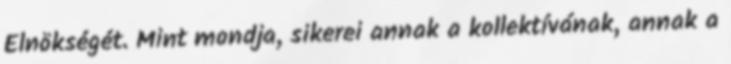
Elnökségét. Mint mondja, sikerei annak a kollektívának, annak a